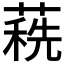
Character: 𦹞